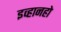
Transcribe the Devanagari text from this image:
इव्हानहो